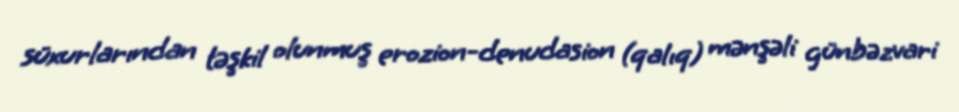
süxurlarından təşkil olunmuş erozion-denudasion (qalıq) mənşəli günbəzvari